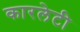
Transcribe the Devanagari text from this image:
कारलेटी